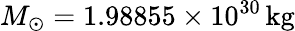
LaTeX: M_{\odot}=1.98855\times 10^{30}\, {\mathrm{kg}}